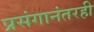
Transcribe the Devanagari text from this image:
प्रसंगानंतरही